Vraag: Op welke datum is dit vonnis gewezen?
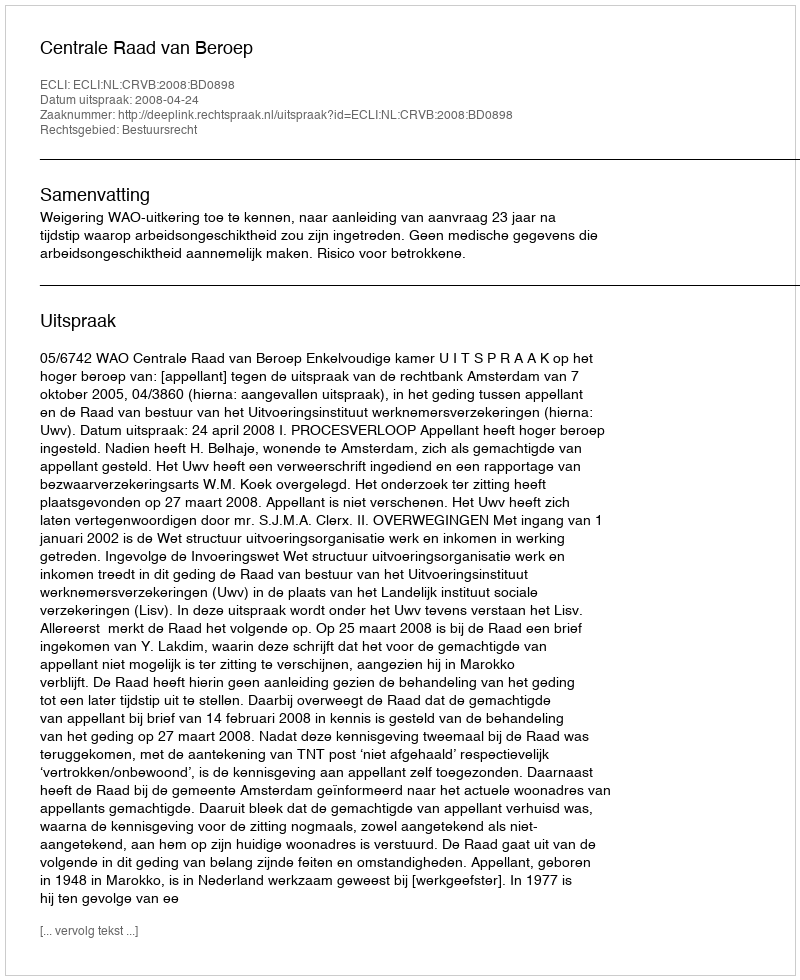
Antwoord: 2008-04-24